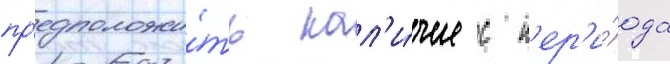
пр'едположи́ть нал'и́чие с п'ер'и́ода